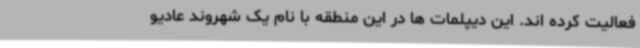
فعالیت کرده اند. این دیپلمات ها در این منطقه با نام یک شهروند عادیو